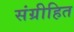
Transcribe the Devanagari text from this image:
संग्रीहित